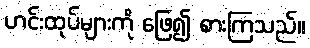
ဟင်းထုပ်များကို ဖြေ၍ စားကြသည်။